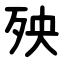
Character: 殃